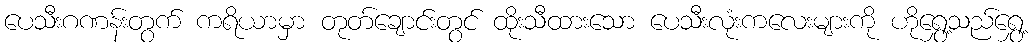
ပေသီးဂဏန်းတွက် ကရိယာမှာ တုတ်ချောင်းတွင် ထိုးသီထားသော ပေသီးလုံးကလေးများကို ဟိုရွှေ့သည်ရွှေ့